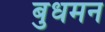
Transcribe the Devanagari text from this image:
बुधमन